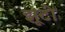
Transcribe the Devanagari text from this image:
झूटो